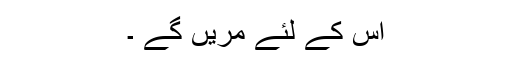
اس کے لئے مریں گے ۔